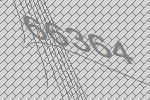
66364